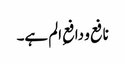
نافع و دافعِ الم ہے۔